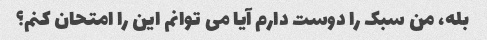
بله، من سبک را دوست دارم آیا می توانم این را امتحان کنم؟